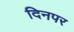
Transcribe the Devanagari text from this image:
दिनपर